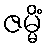
ဇမ္မိံ